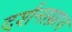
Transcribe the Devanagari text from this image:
दर्शनाम्नाय